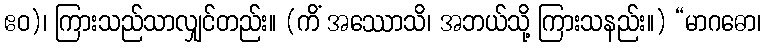
ဧဝ)၊ ကြားသည်သာလျှင်တည်း။ (ကိံ အဿောသိ၊ အဘယ်သို့ ကြားသနည်း။) “မာဂဓော၊